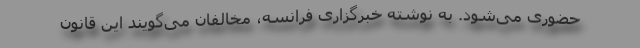
حضوری می‌شود. به نوشته خبرگزاری فرانسه، مخالفان می‌گویند این قانون